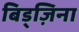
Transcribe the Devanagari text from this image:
बिड्ज़िना